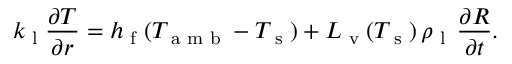
k _ { \textup { l } } \frac { \partial T } { \partial r } = h _ { \textup { f } } ( T _ { \textup { a m b } } - T _ { \textup { s } } ) + L _ { \textup { v } } ( T _ { \textup { s } } ) \, \rho _ { \textup { l } } \, \frac { \partial R } { \partial t } .